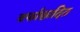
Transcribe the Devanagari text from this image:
बर्फाछादित